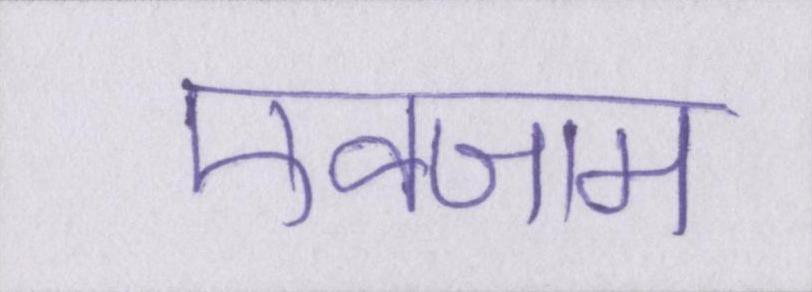
एक्जाम